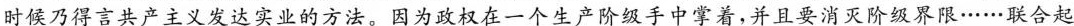
时候乃得言共产主义发达实业的方法。因为政权在一个生产阶级手中掌着，并且要消灭阶级界限……联合起